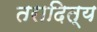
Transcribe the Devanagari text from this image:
तरादित्य